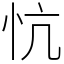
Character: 忼